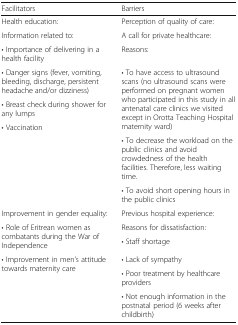
| Facilitators | Barriers |
 | --- | --- |
 | Health education: | Perception of quality of care: |
 | Information related to: | A call for private healthcare: |
 | • Importance of delivering in a health facility | Reasons: |
 | • Danger signs (fever, vomiting, bleeding, discharge, persistent headache and/or dizziness) | <ROWSPAN=3> • To have access to ultrasound scans (no ultrasound scans were performed on pregnant women who participated in this study in all antenatal care clinics we visited except in Orotta Teaching Hospital maternity ward) |
 | • Breast check during shower for any lumps |
 | <ROWSPAN=3> • Vaccination |
 | • To decrease the workload on the public clinics and avoid crowdedness of the health facilities. Therefore, less waiting time. |
 | • To avoid short opening hours in the public clinics |
 | Improvement in gender equality: | Previous hospital experience: |
 | <ROWSPAN=2> • Role of Eritrean women as combatants during the War of Independence | Reasons for dissatisfaction: |
 | • Staff shortage |
 | <ROWSPAN=3> • Improvement in men’s attitude towards maternity care | • Lack of sympathy |
 | • Poor treatment by healthcare providers |
 | • Not enough information in the postnatal period (6 weeks after childbirth) |